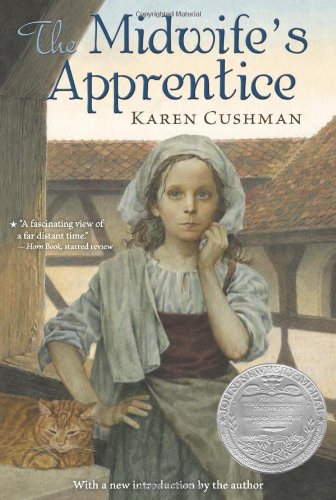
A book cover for The Midwife's Apprentice; Karen Cushman; Children's Books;